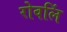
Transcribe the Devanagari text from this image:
रोवलिं